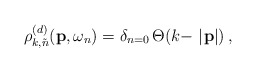
\begin{align*}\rho_{k,\tilde{n}}^{(d)}({\bf p},\omega_n) = \delta_{n=0}\,\Theta(k - \mid\!{\bf p}\!\!\mid)\,,\end{align*}